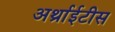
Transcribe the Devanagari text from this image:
अर्थ्राईटीस